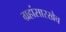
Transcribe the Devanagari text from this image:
ग्रहांसारखेच